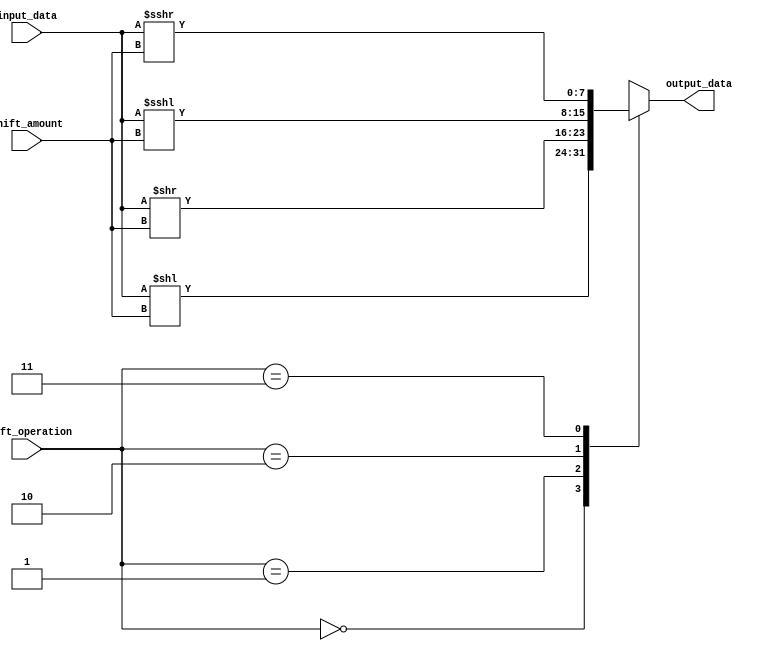
module barrel_shifter (
    input [7:0] input_data,
    input [1:0] shift_amount,
    input [1:0] shift_operation,
    output reg [7:0] output_data
);

always @(*) begin
    case(shift_operation)
        2'b00: output_data = input_data << shift_amount;
        2'b01: output_data = input_data >> shift_amount;
        2'b10: output_data = $signed(input_data) <<< shift_amount;
        2'b11: output_data = $signed(input_data) >>> shift_amount;
        default: output_data = input_data;
    endcase
end

endmodule